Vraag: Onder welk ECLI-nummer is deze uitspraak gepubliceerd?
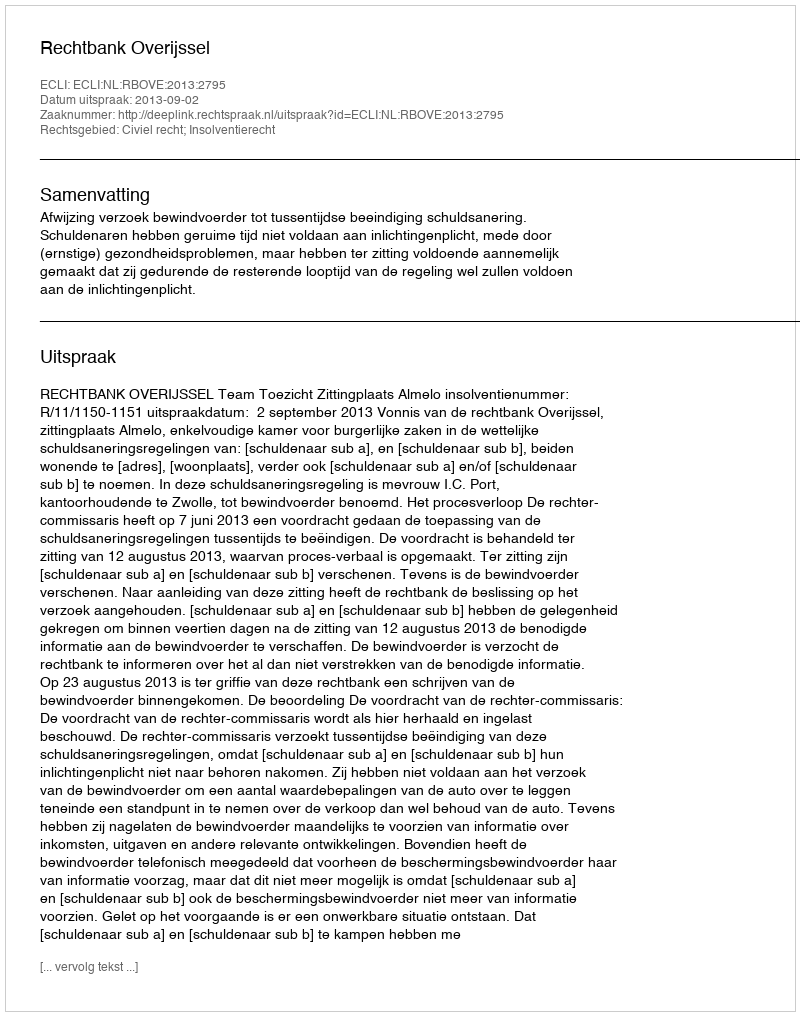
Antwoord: ECLI:NL:RBOVE:2013:2795